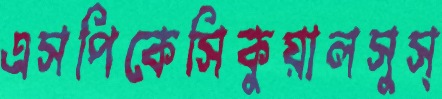
এসপিকেসিকুয়ালসুস্